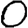
Digit: 0